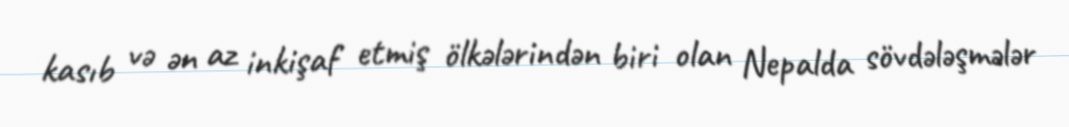
kasıb və ən az inkişaf etmiş ölkələrindən biri olan Nepalda sövdələşmələr